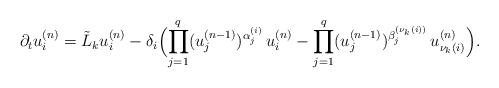
LaTeX: \begin{align*}\partial_t u_{i}^{(n)}= \tilde{L}_k u_{i}^{(n)} - \delta_i\Bigl(\prod_{j=1}^q (u_j^{(n-1)})^{\alpha_j^{(i)}} \, u_{i}^{(n)} -\prod_{j=1}^q (u_j^{(n-1)})^{\beta_{j}^{(\nu_k(i))}} \, u_{\nu_k(i)}^{(n)} \Bigr).\end{align*}